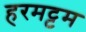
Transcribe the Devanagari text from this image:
हरमट्टम